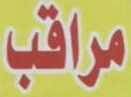
مراقب